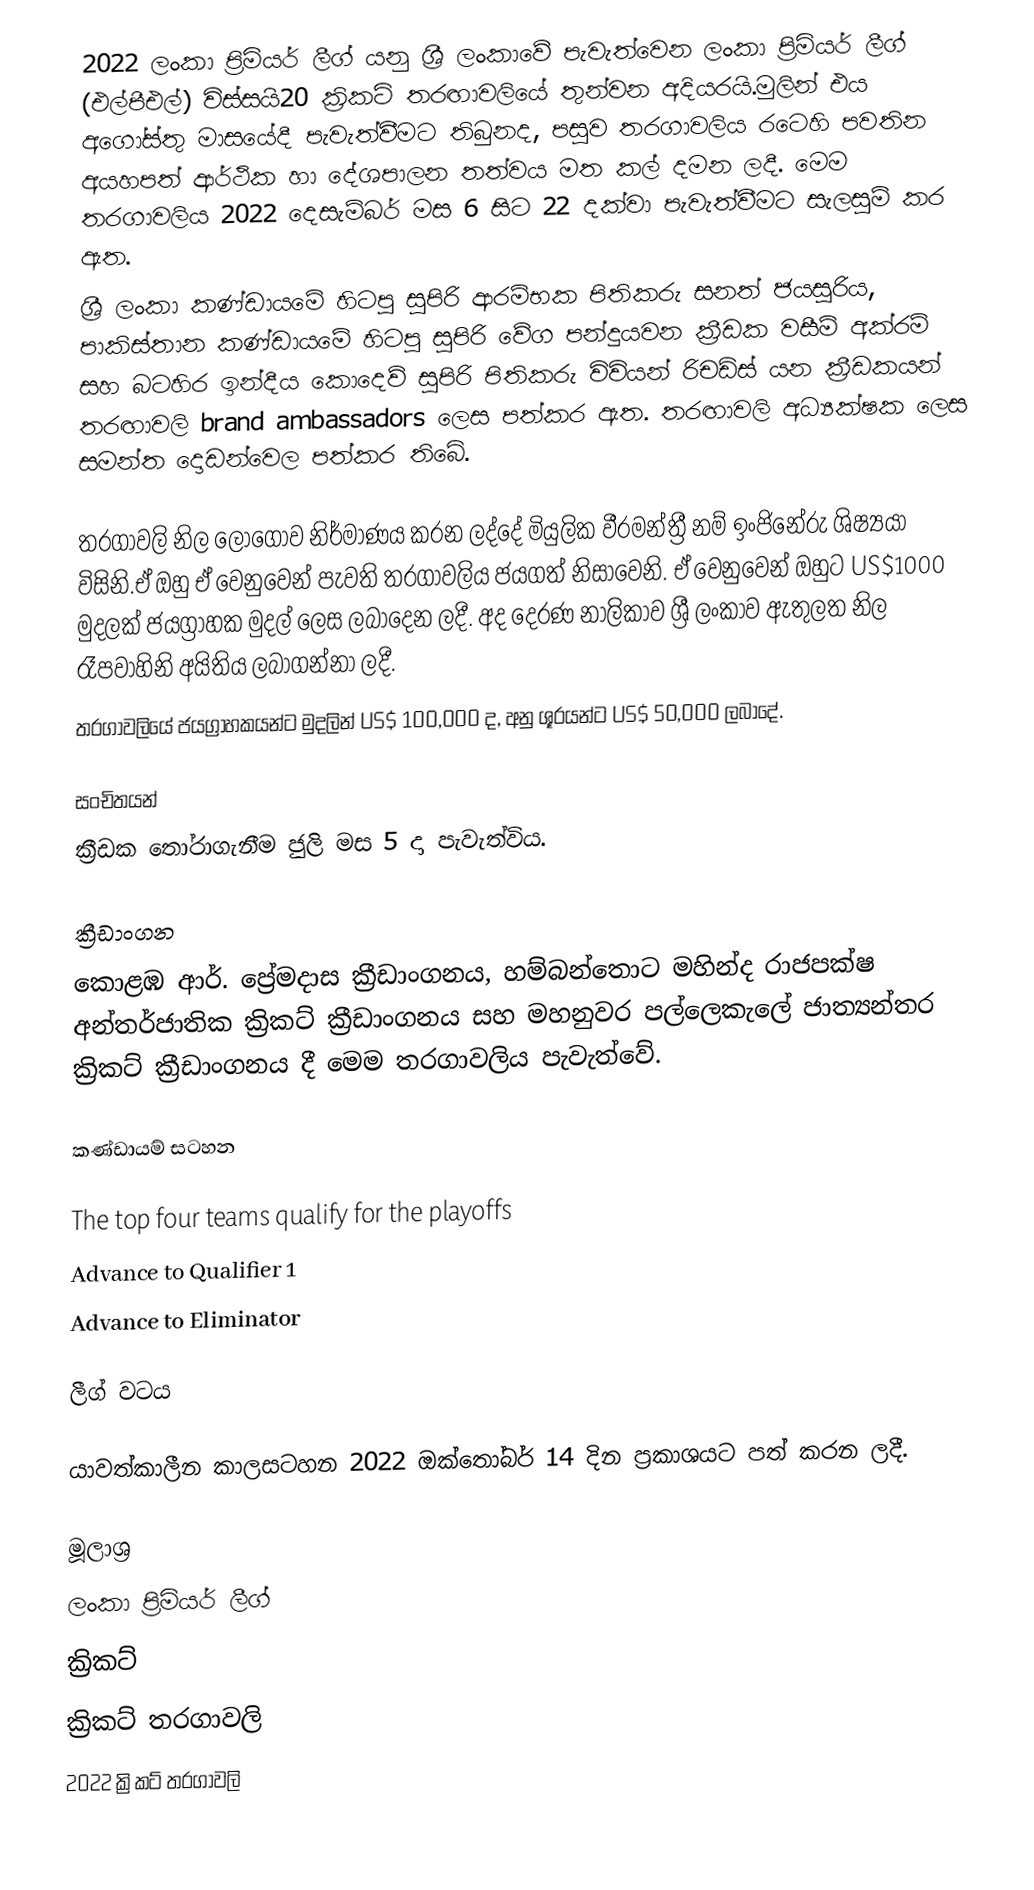
2022 ලංකා ප්‍රිමියර් ලීග් යනු ශ්‍රී ලංකාවේ පැවැත්වෙන   ලංකා ප්‍රිමියර් ලීග් (එල්පීඑල්) විස්සයි20 ක්‍රිකට් තරඟාවලියේ තුන්වන අදියරයි.මුලින් එය අගෝස්තු මාසයේදී පැවැත්වීමට තිබුනද, පසුව තරගාවලිය රටෙහි පවතින අයහපත් ආර්ථික හා දේශපාලන තත්වය මත කල් දමන ලදී. මෙම තරගාවලිය ⁣2022 දෙසැම්බර් මස 6 සිට 22 දක්වා පැවැත්වීමට සැලසුම් කර ඇත.
ශ්‍රී ලංකා කණ්ඩායමේ හිටපු සුපිරි ආරම්භක පිතිකරු සනත් ජයසූරිය, පාකිස්තාන කණ්ඩායමේ හිටපු සුපිරි වේග පන්දුයවන ක්‍රීඩක වසීම් අක්රම් සහ බටහිර ඉන්දීය කොදෙව් සුපිරි පිතිකරු විවියන් රිචඩ්ස් යන ක්‍රීඩකයන් තරඟාවලි brand ambassadors ලෙස පත්කර ඇත. තරඟාවලි අධ්‍යක්ෂක ලෙස සමන්ත දොඩන්වෙල පත්කර තිබේ.

තරගාවලි නිල ලොගෝව නිර්මාණය කරන ලද්දේ මියුලික වීරමන්ත්‍රී නම් ඉංජිනේරු ශිෂ්‍යයා විසිනි.ඒ ඔහු ඒ වෙනුවෙන් පැවති තරගාවලිය ජයගත් නිසාවෙනි. ඒ වෙනුවෙන් ඔහුට US$1000 මුදලක් ජයග්‍රාහක මුදල් ලෙස ලබාදෙන ලදී. අද දෙරණ නාලිකාව ශ්‍රී ලංකාව ඇතුලත නිල රෑපවාහිනි අයිතිය ලබාගන්නා ලදී.
තරගාවලියේ ජයග්‍රාහකයන්ට මුදලින් US$ 100,000 ද, අනු ශූරයන්ට US$ 50,000 ලබාදේ.

සංචිතයන්
ක්‍රීඩක තෝරාගැනීම ජුලි මස 5 දා පැවැත්විය.

ක්‍රීඩාංගන
කොළඹ ආර්. ප්‍රේමදාස ක්‍රීඩාංගනය, හම්බන්තොට  මහින්ද රාජපක්ෂ අන්තර්ජාතික ක්‍රිකට් ක්‍රීඩාංගනය සහ මහනුවර පල්ලෙකැලේ ජාත්‍යන්තර ක්‍රිකට් ක්‍රීඩාංගනය දී මෙම තරගාවලිය පැවැත්වේ.

කණ්ඩායම් සටහන

The top four teams qualify for the playoffs
 Advance to Qualifier 1
 Advance to Eliminator

ලීග් වටය

යාවත්කාලීන කාලසටහන 2022 ඔක්තෝබර් 14 දින ප්‍රකාශයට පත් කරන ලදී.

මූලාශ්‍ර
ලංකා ප්‍රිමියර් ලීග්
ක්‍රිකට්
ක්‍රිකට් තරගාවලි
2022 ක්‍රිකට් තරගාවලි